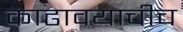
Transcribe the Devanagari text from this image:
काढावयाचीच